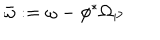
\bar { \omega } : = \omega - \phi ^ { * } \Omega _ { P }